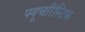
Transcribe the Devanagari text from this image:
फ्यूचरिस्टिक